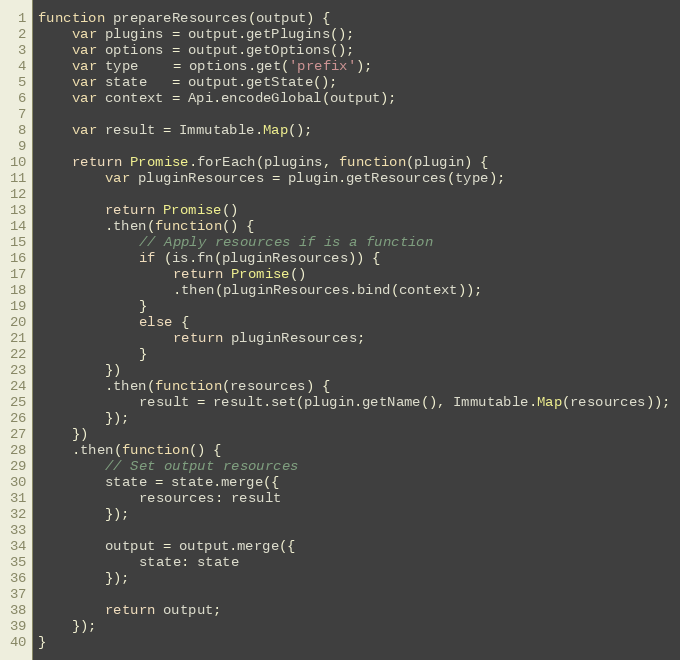
Language: JavaScript
function prepareResources(output) {
    var plugins = output.getPlugins();
    var options = output.getOptions();
    var type    = options.get('prefix');
    var state   = output.getState();
    var context = Api.encodeGlobal(output);

    var result = Immutable.Map();

    return Promise.forEach(plugins, function(plugin) {
        var pluginResources = plugin.getResources(type);

        return Promise()
        .then(function() {
            // Apply resources if is a function
            if (is.fn(pluginResources)) {
                return Promise()
                .then(pluginResources.bind(context));
            }
            else {
                return pluginResources;
            }
        })
        .then(function(resources) {
            result = result.set(plugin.getName(), Immutable.Map(resources));
        });
    })
    .then(function() {
        // Set output resources
        state = state.merge({
            resources: result
        });

        output = output.merge({
            state: state
        });

        return output;
    });
}